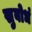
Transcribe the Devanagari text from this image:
सुबोधं